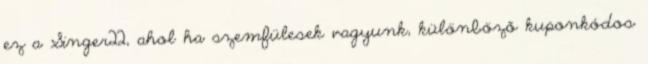
ez a Singer22, ahol ha szemfülesek vagyunk, különböző kuponkódos